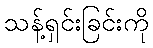
သန့်ရှင်းခြင်းကို